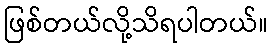
ဖြစ်တယ်လို့သိရပါတယ်။